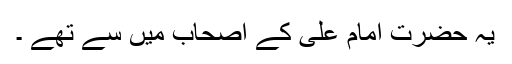
یہ حضرت امام علی کے اصحاب میں سے تھے ۔